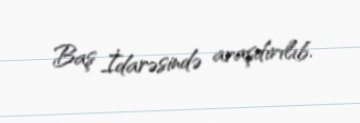
Baş İdarəsində araşdırılıb.